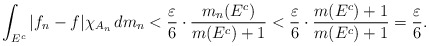
\begin{align*}\int_{E^c}|f_n-f|\chi_{A_n}\,dm_n< \frac{ \varepsilon }{6} \cdot \frac{m_n(E^c )}{m(E^c)+1} < \frac{ \varepsilon }{6} \cdot \frac{ m(E^c)+1}{m(E^c)+1} =\frac{ \varepsilon }{6}.\end{align*}